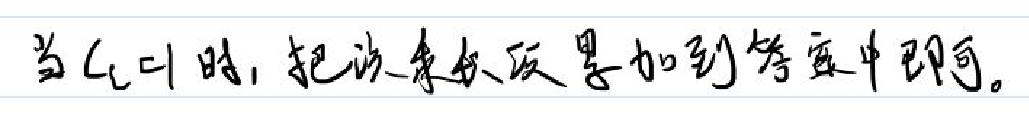
当\(c=1\)时，把这个常数加到等号中即可。